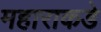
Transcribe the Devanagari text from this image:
महाराकडे